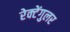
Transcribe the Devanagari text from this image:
रेक्टेंगुलर